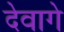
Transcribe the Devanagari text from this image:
देवागे